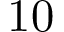
1 0